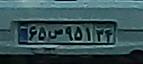
۶۵ص۹۵۱۳۴